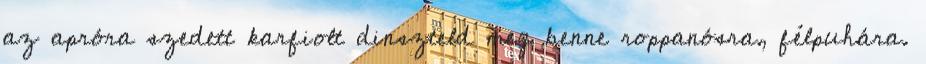
az apróra szedett karfiolt dinszteld meg benne roppanósra, félpuhára.